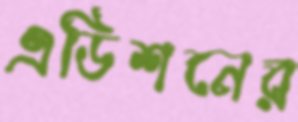
এডিশনের